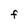
Character: F